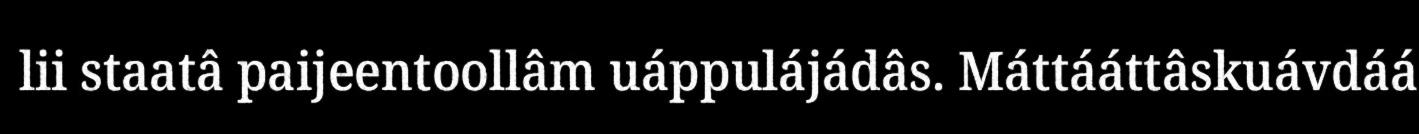
lii staatâ paijeentoollâm uáppulájádâs. Máttááttâskuávdáá